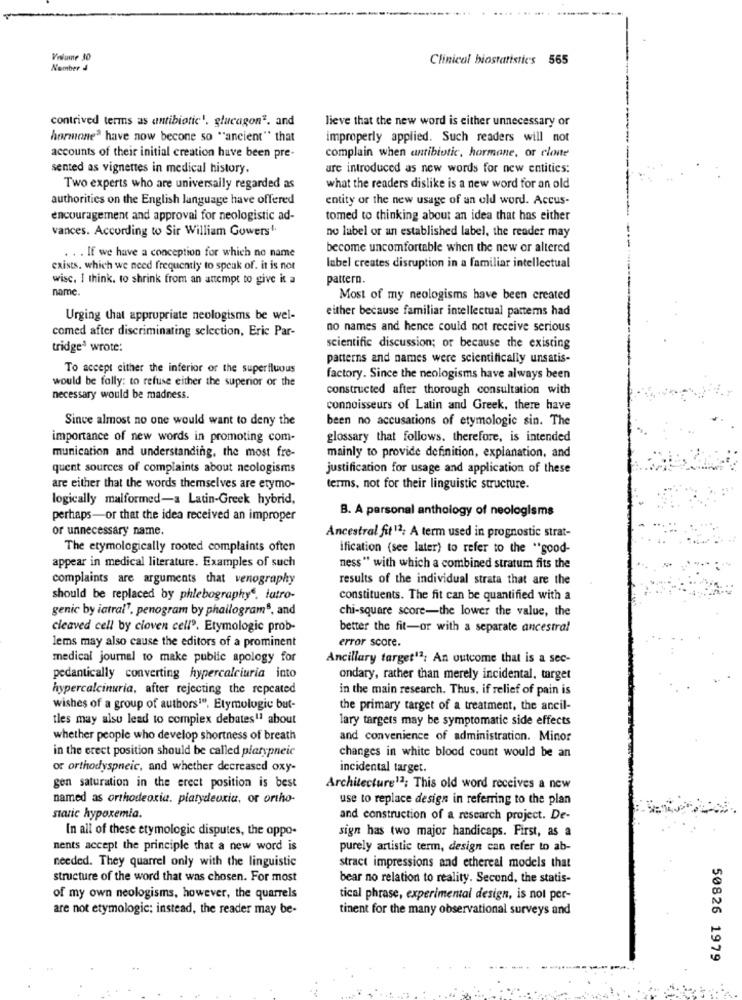
Volume 30
Clinical biostatistics 565
Number J
contrived terms as antibiotic1. glucagon2. and
lieve that the new word is either unnecessary or
hormone3 have now becone so ""ancient" that
improperly applied. Such readers will not
complain when antibiotic, hormone, or clone
accounts of their initial creation have been pre-
sented as vignettes in medical history.
are introduced as new words for new entities:
Two experts who are universally regarded as
what the readers dislike is a new word for an old
authorities on the English language have offered
entity or the new usage of an old word. Accus-
encouragement and approval for neologistic ad-
tomed to thinking about an idea that has either
vances. According to Sir William Gowers1
no label or an established label, the reader may
become uncomfortable when the new or altered
. . . If we have a conception for which no name
label creates disruption in a familiar intellectual
exists. which we need frequently to speak of. it is not
wisc. I think. to shrink from an attempt to give it a
pattern.
name
Most of my neologisms have been created
either because familiar intellectual patterns had
Urging that appropriate neologisms be wel-
comed after discriminating selection, Eric Par-
no names and hence could not receive serious
tridge' wrote:
scientific discussion; or because the existing
patterns and names were scientifically unsatis-
To accept either the inferior or the superfluous
would be folly: to refuse either the superior or the
factory. Since the neologisms have always been
constructed after thorough consultation with
necessary would be madness.
connoisseurs of Latin and Greek, there have
Since almost no one would want to deny the
been no accusations of etymologie sin. The
importance of new words in promoting com-
glossary that follows. therefore, is intended
munication and understanding, the most fre-
mainly to provide definition, explanation, and
quent sources of complaints about neologisms
justification for usage and application of these
are either that the words themselves are etymo-
terms, not for their linguistic structure.
logically malformed-a Latin-Greek hybrid,
B. A personal anthology of neologisms
perhaps-or that the idea received an improper
or unnecessary name.
Ancestral fit12; A term used in prognostic strat-
The etymologically rooted complaints often
ification (see later) to refer to the ** good-
appear in medical literature. Examples of such
ness" with which a combined stratum fits the
complaints are arguments that venography
results of the individual strata that are the
should be replaced by phlebography". latro-
constituents. The fit can be quantified with a
genic by iatral". penogram by phallogram8, and
chi-square score-the lower the value, the
cleaved cell by cioven cell9. Etymologie prob-
better the fit-or with a separate ancestral
lems may also cause the editors of a prominent
error score.
medical journal to make public apology for
Ancillary target12: An outcome that is a sec-
pedantically converting hypercalciuria into
ondary, rather than merely incidental, target
hypercalcinuria, after rejecting the repeated
in the main research. Thus, if relief of pain is
wishes of a group of authors1". Etymologie but-
the primary target of a treatment, the ancil-
tles may also lead to complex debates"1 about
lary targets may be symptomatic side effects
whether people who develop shortness of breath
and convenience of administration. Minor
in the erect position should be called platypneic
changes in white blood count would be an
or orthodyspneic, and whether decreased oxy-
incidental target.
gen saturation in the erect position is best
Architecture12; This old word receives a new
named as orthodeoxia. platydeuxia, or ortho-
use to replace design in referring to the plan
staric hypoxemia.
and construction of a research project. De-
In all of these etymologic disputes, the oppo-
sign has two major handicaps. First, as a
nents accept the principle that a new word is
purely artistic term, design can refer to ab-
needed. They quarrel only with the linguistic
stract impressions and ethereal models that
structure of the word that was chosen. For most
bear no relation to reality. Second, the statis-
of my own neologisms, however, the quarrels
tical phrase, experimental design, is not per-
are not etymologic; instead, the reader may be-
tinent for the many observational surveys and
50826 1979